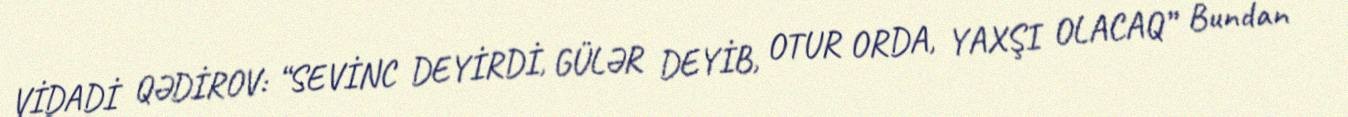
VİDADİ QƏDİROV: “SEVİNC DEYİRDİ, GÜLƏR DEYİB, OTUR ORDA, YAXŞI OLACAQ” Bundan